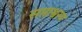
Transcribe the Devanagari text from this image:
सप्ताश्वरथ